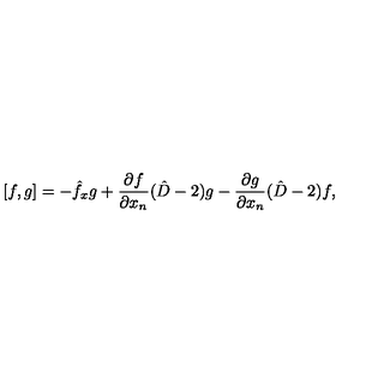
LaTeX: { } [ f , g ] = - \hat { f } _ { x } g + \frac { \partial f } { \partial x _ { n } } ( \hat { D } - 2 ) g - \frac { \partial g } { \partial x _ { n } } ( \hat { D } - 2 ) f ,